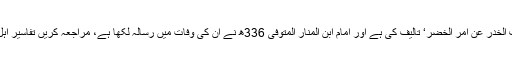
امام علی القاری نے ’کشف الخدر عن امر الخضر‘ تالیف کی ہے اور امام ابن المنار المتوفی 336ھ نے ان کی وفات میں رسالہ لکھا ہے، مراجعہ کریں تفاسیر اہل التحقیق فی سورۃ الکہف۔